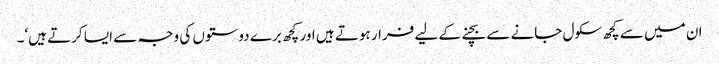
ان میں سے کچھ سکول جانے سے بچنے کے لیے فرار ہوتے ہیں اور کچھ برے دوستوں کی وجہ سے ایسا کرتے ہیں‘۔